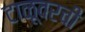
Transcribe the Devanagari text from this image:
टाळूवरची